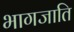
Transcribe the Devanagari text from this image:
भागजाति